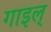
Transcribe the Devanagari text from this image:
गाइल्